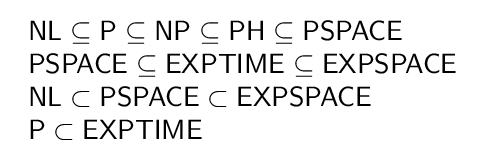
{\begin{array}{l}{\mathsf {NL\subseteq P\subseteq NP\subseteq PH\subseteq PSPACE}}\\{\mathsf {PSPACE\subseteq EXPTIME\subseteq EXPSPACE}}\\{\mathsf {NL\subset PSPACE\subset EXPSPACE}}\\{\mathsf {P\subset EXPTIME}}\end{array}}